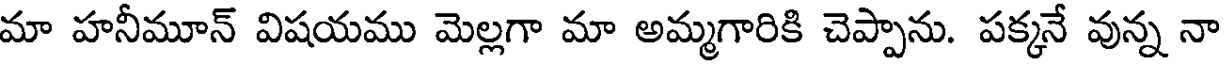
మా హనీమూన్ విషయము మెల్లగా మా అమ్మగారికి చెప్పాను. పక్కనే వున్న నా